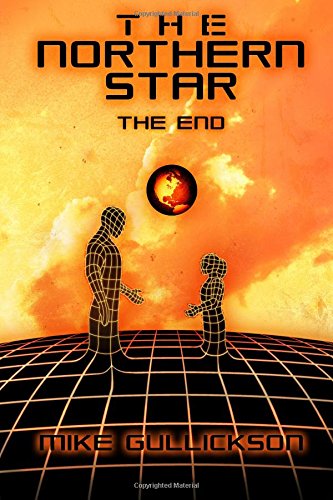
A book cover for The Northern Star: The End (Volume 3); Mike Gullickson; Science Fiction & Fantasy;